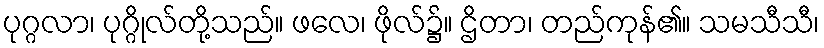
ပုဂ္ဂလာ၊ ပုဂ္ဂိုလ်တို့သည်။ ဖလေ၊ ဖိုလ်၌။ ဌိတာ၊ တည်ကုန်၏။ သမသီသီ၊